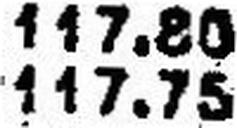
117.75